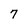
Character: 7